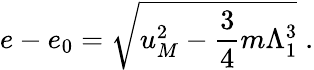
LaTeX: e-e_{0}=\sqrt{u_{M}^{2}-\frac 34m\Lambda_{1}^{3}}\; .